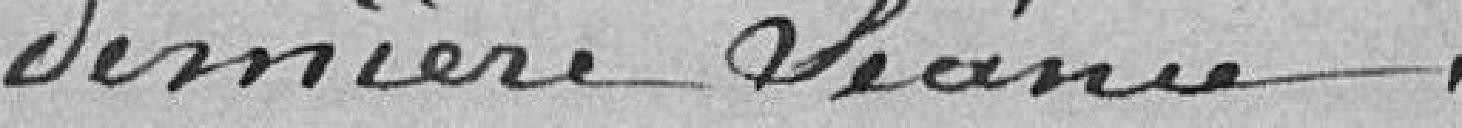
dernière séance.